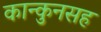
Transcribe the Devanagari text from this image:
कान्कुनसह